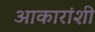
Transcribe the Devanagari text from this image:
आकारांशी